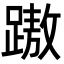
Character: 𨄨